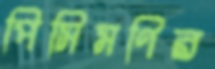
পিসিমণির